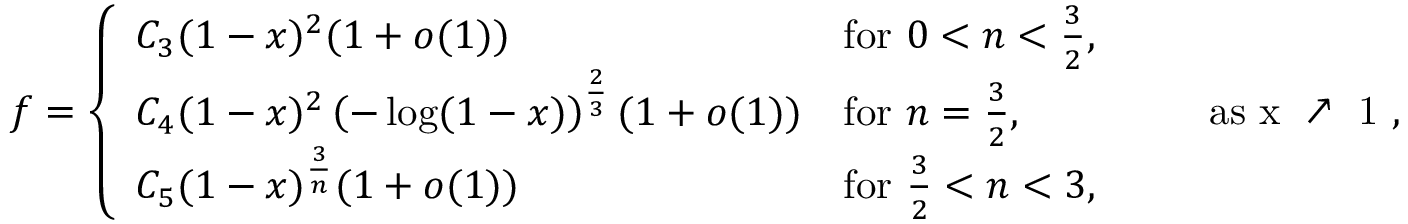
f = \left\{ \begin{array} { l l } { C _ { 3 } ( 1 - x ) ^ { 2 } ( 1 + o ( 1 ) ) } & { \mathrm { f o r ~ } 0 < n < \frac 3 2 , } \\ { C _ { 4 } ( 1 - x ) ^ { 2 } \left( - \log ( 1 - x ) \right) ^ { \frac 2 3 } ( 1 + o ( 1 ) ) } & { \mathrm { f o r ~ } n = \frac 3 2 , } \\ { C _ { 5 } ( 1 - x ) ^ { \frac 3 n } ( 1 + o ( 1 ) ) } & { \mathrm { f o r ~ } \frac 3 2 < n < 3 , } \end{array} \right. \qquad \mathrm { a s ~ x ~ \nearrow ~ 1 ~ , }